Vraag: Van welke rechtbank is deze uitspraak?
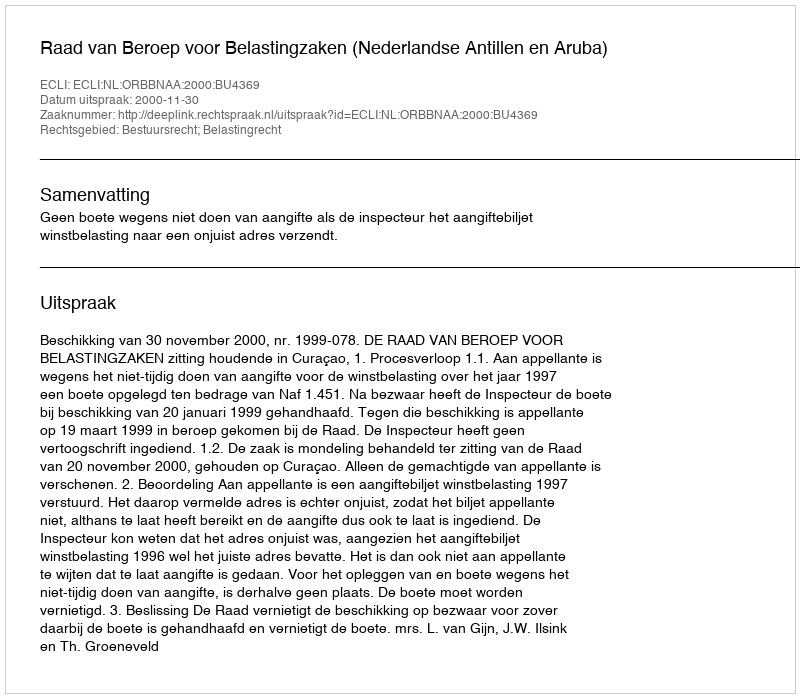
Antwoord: Raad van Beroep voor Belastingzaken (Nederlandse Antillen en Aruba)